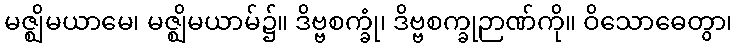
မဇ္ဈိမယာမေ၊ မဇ္ဈိမယာမ်၌။ ဒိဗ္ဗစက္ခုံ၊ ဒိဗ္ဗစက္ခုဉာဏ်ကို။ ဝိသောဓေတွာ၊